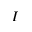
I